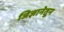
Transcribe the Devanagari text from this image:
जिज्ञानेतून